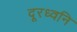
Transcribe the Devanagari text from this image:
दूरध्वनि